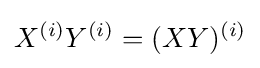
X^{(i)}Y^{(i)}=(XY)^{(i)}